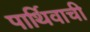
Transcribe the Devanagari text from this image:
पार्थिवाची